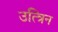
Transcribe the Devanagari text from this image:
उत्त्रिन